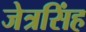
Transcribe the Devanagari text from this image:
जेत्रसिंह